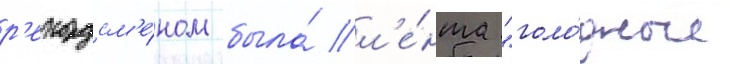
р'екордсм'е́ном была́ л'е́нта "голо́дные